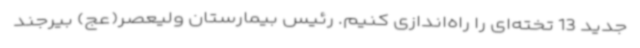
جدید 13 تخته‌ای را راه‌اندازی کنیم. رئیس بیمارستان ولیعصر(عج) بیرجند